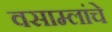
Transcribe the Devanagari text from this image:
वसाम्लांचे